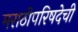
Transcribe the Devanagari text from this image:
मराठीपरिषदेची